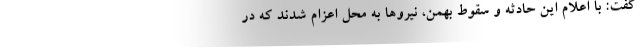
گفت: با اعلام این حادثه و سقوط بهمن، نیروها به محل اعزام شدند که در